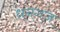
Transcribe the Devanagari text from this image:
धनगज